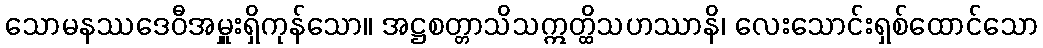
သောမနဿဒေဝီအမှူးရှိကုန်သော။ အဋ္ဌစတ္တာသိသဣတ္ထိသဟဿာနိ၊ လေးသောင်းရှစ်ထောင်သော